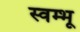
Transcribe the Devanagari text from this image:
स्वम्भू